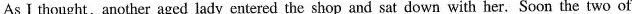
As I thought,another aged lady entered the shop and sat down with her. Soon the two of